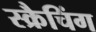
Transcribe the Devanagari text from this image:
स्क्रैचिंग